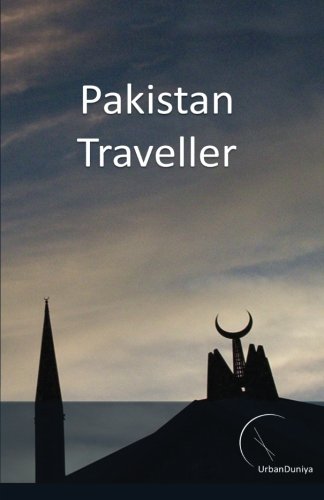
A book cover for Pakistan Traveller: by UrbanDuniya; Mr Timothy Blight; Travel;